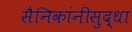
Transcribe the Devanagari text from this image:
सैनिकांनीसुद्धा